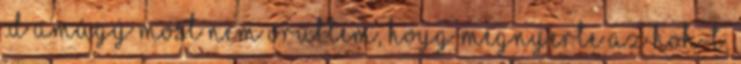
:D Amúgy most nem örültem, hoyg megnyerte az HoH-t,